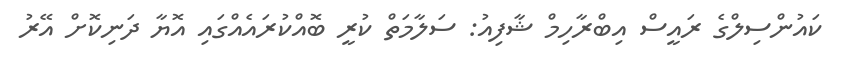
ކައުންސިލްގެ ރައީސް އިބްރާހިމް ޝާފިއު: ސަލާމަތް ކުރީ ބޮއްކުރައެއްގައި އޮޔާ ދަނިކޮށް އޭރު